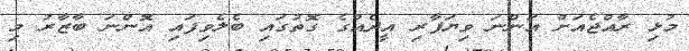
މުޅި ރާއްޖެއަށް އަންނަ ވިޔަފާރި އީދެއްގެ ގޮތުގައި ބެލެވިފައި އޮންނަ ބާޒާރު މި